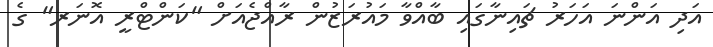
އަދި އަންނަ އަހަރު ޗައިނާގައި ބާއްވާ މައުރަޒުން ރާއްޖެއަށް "ކަންޓްރީ އޮނަރ" ގެ